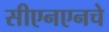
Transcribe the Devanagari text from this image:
सीएनएनचे